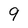
Character: 9